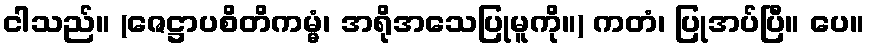
ငါသည်။ (ဇေဋ္ဌာပစိတိကမ္မံ၊ အရိုအသေပြုမူကို။) ကတံ၊ ပြုအပ်ပြီ။ ပေ။